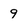
Character: 9